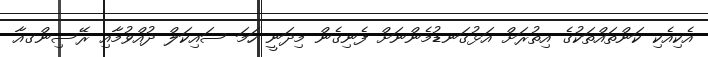
އެކިއެކި ކަންތައްތަކުގެ އިތުރަށް އަޅުގަނޑުމެންނަށް ފެނިގެން މިދަނީ ހަމަ ސައިކަލް ދުއްވުމާއި ރޭސިންގއާ